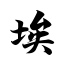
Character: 埃